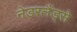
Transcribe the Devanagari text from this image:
नेडरलैंड्से